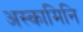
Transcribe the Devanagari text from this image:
अस्कामिनि